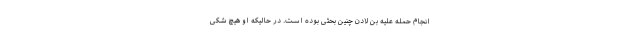
انجام حمله علیه بن لادن چنین بحثی بوده است. در حالیکه او هیچ شکی